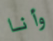
وأنا